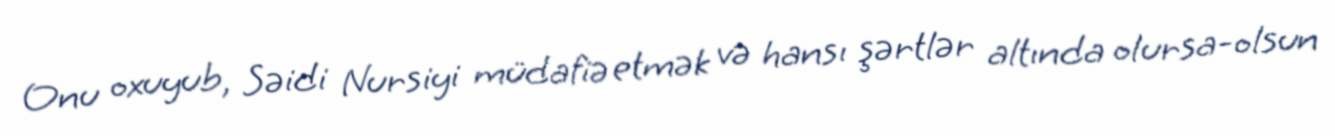
Onu oxuyub, Səidi Nursiyi müdafiə etmək və hansı şərtlər altında olursa-olsun